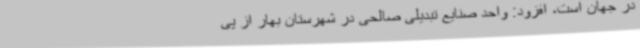
در جهان است، افزود: واحد صنایع تبدیلی صالحی در شهرستان بهار از پی